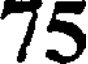
75